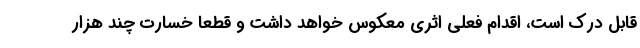
قابل درک است، اقدام فعلی اثری معکوس خواهد داشت و قطعا خسارت چند هزار